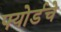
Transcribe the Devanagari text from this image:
फ्योर्डचे